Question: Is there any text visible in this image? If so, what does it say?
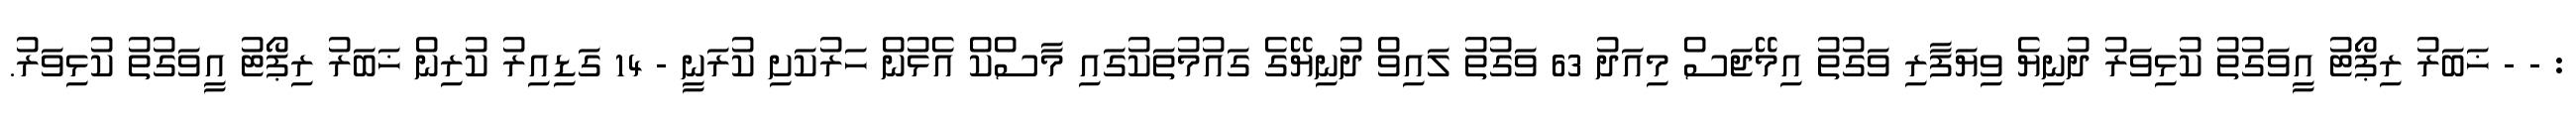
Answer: : - - ޚަބަރު ރިޕޯޓު އީވަގުތު ކުޅިވަރު ދުނިޔެ ވިޔަފާރި ވަގުތު އިމޭޖަސް މިއަދު 63 ވަގުތު ލައިވް ދުނިޔޭގެ ގައުމުތަކުގައި މާސްކް އެޅުން ހަރުކަށި ކުރަނީ - 14 ގަޑިއިރު ކުރިން ޚަބަރު ރިޕޯޓު އީވަގުތު ކުޅިވަރު.